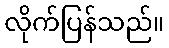
လိုက်ပြန်သည်။